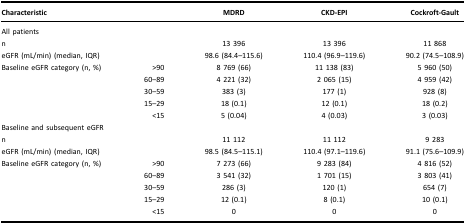
| Characteristic |  | MDRD | CKD-EPI | Cockroft-Gault |
 | --- | --- | --- | --- | --- |
 | All patients |  |  |  |  |
 | n |  | 13 396 | 13 396 | 11 868 |
 | eGFR (mL/min) (median, IQR) |  | 98.6 (84.4–115.6) | 110.4 (96.9–119.6) | 90.2 (74.5–108.9) |
 | Baseline eGFR category (n, %) | >90 | 8 769 (66) | 11 138 (83) | 5 960 (50) |
 |  | 60–89 | 4 221 (32) | 2 065 (15) | 4 959 (42) |
 |  | 30–59 | 383 (3) | 177 (1) | 928 (8) |
 |  | 15–29 | 18 (0.1) | 12 (0.1) | 18 (0.2) |
 |  | <15 | 5 (0.04) | 4 (0.03) | 3 (0.03) |
 | Baseline and subsequent eGFR |  |  |  |  |
 | n |  | 11 112 | 11 112 | 9 283 |
 | eGFR (mL/min) (median, IQR) |  | 98.5 (84.5–115.1) | 110.4 (97.1–119.6) | 91.1 (75.6–109.9) |
 | Baseline eGFR category (n, %) | >90 | 7 273 (66) | 9 283 (84) | 4 816 (52) |
 |  | 60–89 | 3 541 (32) | 1 701 (15) | 3 803 (41) |
 |  | 30–59 | 286 (3) | 120 (1) | 654 (7) |
 |  | 15–29 | 12 (0.1) | 8 (0.1) | 10 (0.1) |
 |  | <15 | 0 | 0 | 0 |